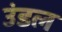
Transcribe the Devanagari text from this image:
उंडल